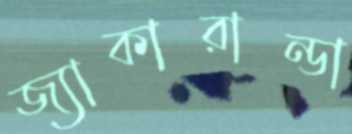
জ্যাকারান্ডা